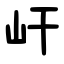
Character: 屽